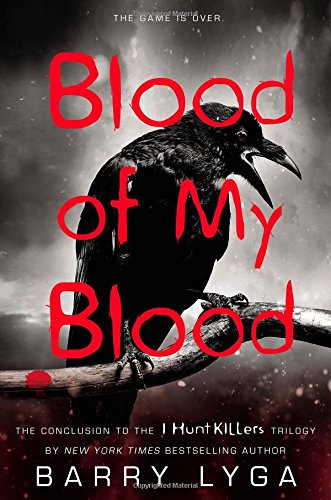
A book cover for Blood of My Blood (I Hunt Killers); Barry Lyga; Teen & Young Adult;